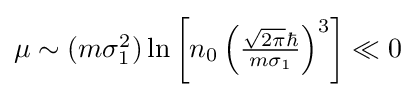
{\textstyle \mu \sim (m\sigma _{1}^{2})\ln \left[n_{0}\left({{\sqrt {2\pi }}\hbar  \over m\sigma _{1}}\right)^{3}\right]\ll 0}